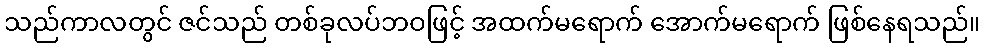
သည်ကာလတွင် ဇင်သည် တစ်ခုလပ်ဘဝဖြင့် အထက်မရောက် အောက်မရောက် ဖြစ်နေရသည်။